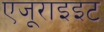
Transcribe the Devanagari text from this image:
एजूराइइट